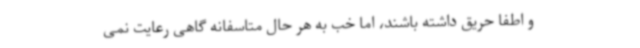
و اطفا حریق داشته باشند، اما خب به هر حال متاسفانه گاهی رعایت نمی